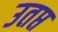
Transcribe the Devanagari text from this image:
उतप्त